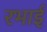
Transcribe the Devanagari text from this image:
रभाई